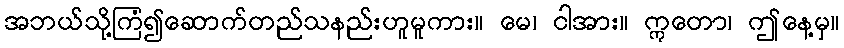
အဘယ်သို့ကြံ၍ဆောက်တည်သနည်းဟူမူကား။ မေ၊ ငါအား။ ဣတော၊ ဤနေ့မှ။